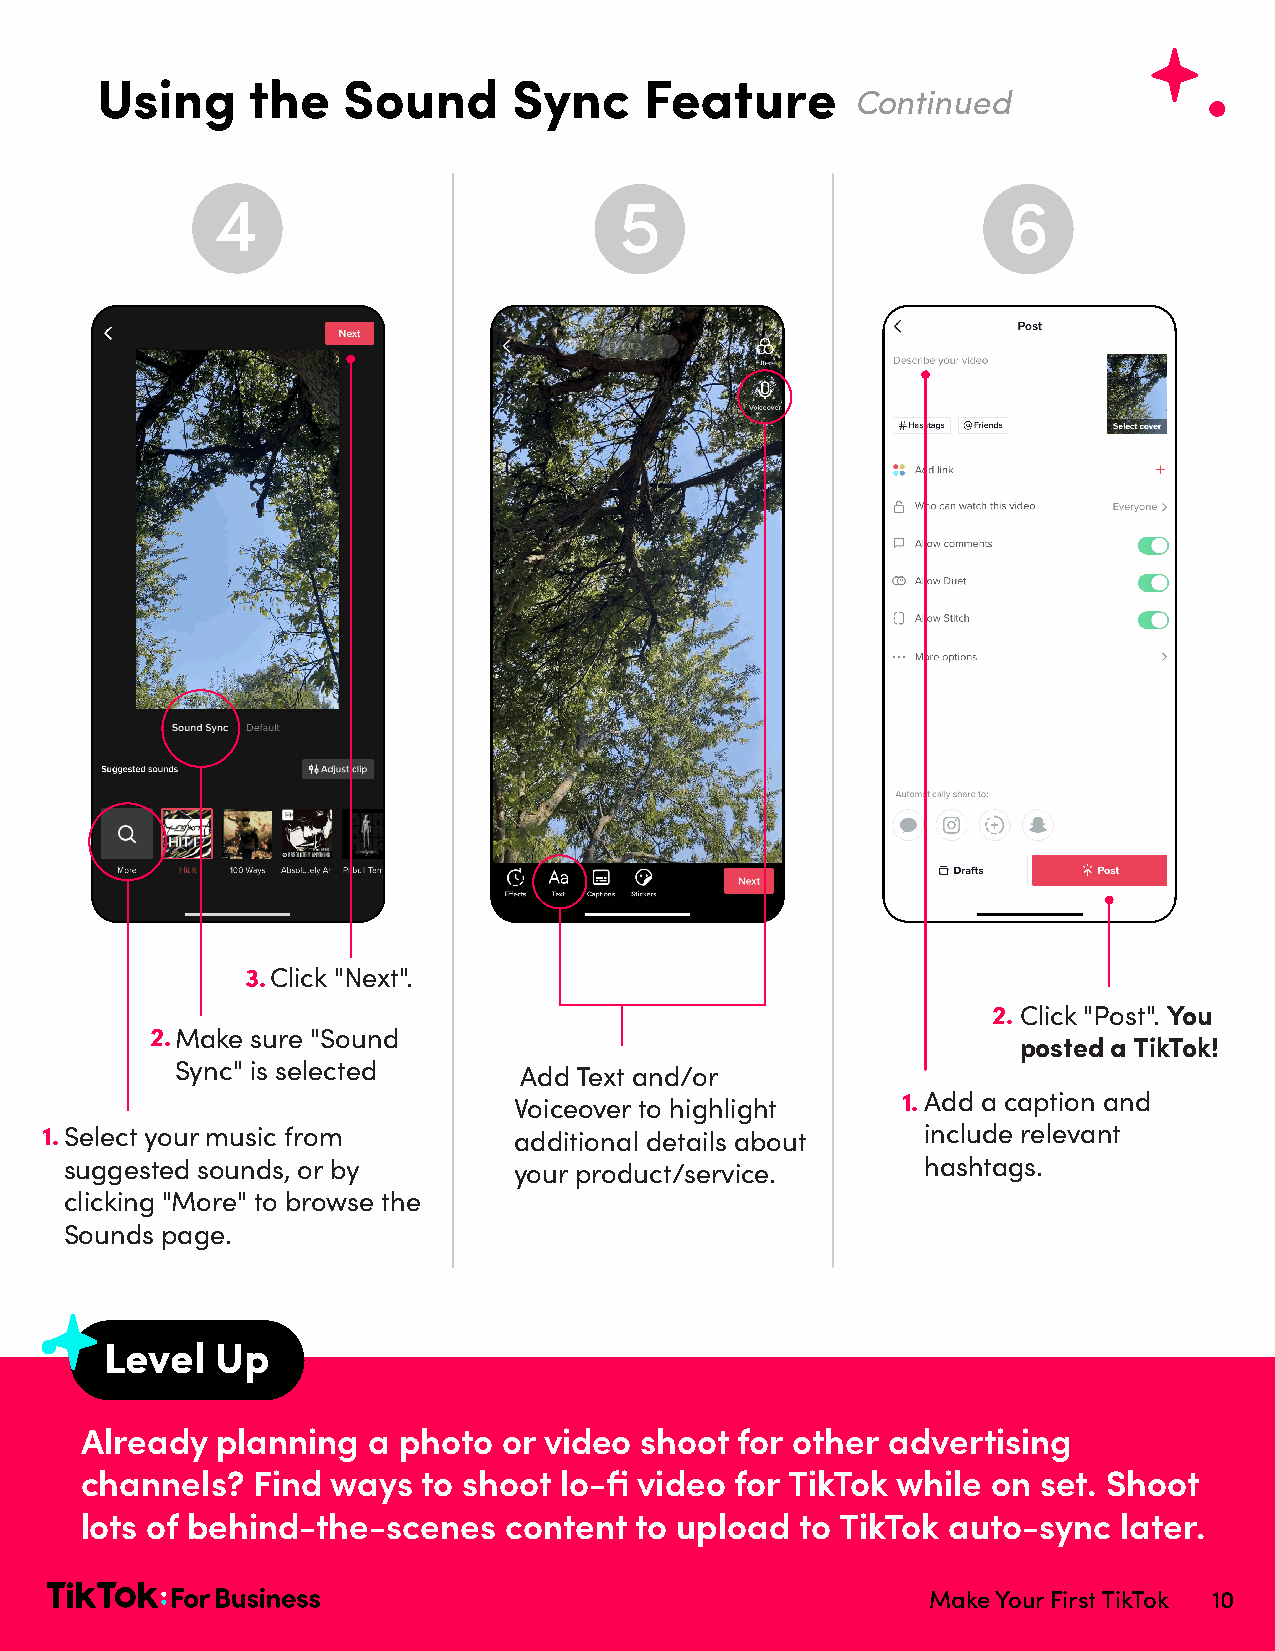
Using     the    Sound      Sync     Feature
 Continued
 4                          5                         6
 3.Click "Next".
 2.Click "Post". You
 2.Make sure "Sound
 posted a TikTok!
 Sync" is selected     Add Text and/or
 Voiceover to highlight
 1.Add a caption and
 1.Select your music from       additional details about   include relevant
 suggested sounds, or by       your product/service.      hashtags.
 clicking "More" to browse the
 Sounds page.
 Level  Up
 Already  planning  a photo  or video shoot  for other advertising
 channels?   Find ways  to shoot lo-fi video for TikTok while on set. Shoot
 lots of behind-the-scenes   content  to upload  to TikTok auto-sync  later.
 Make Your First TikTok 10